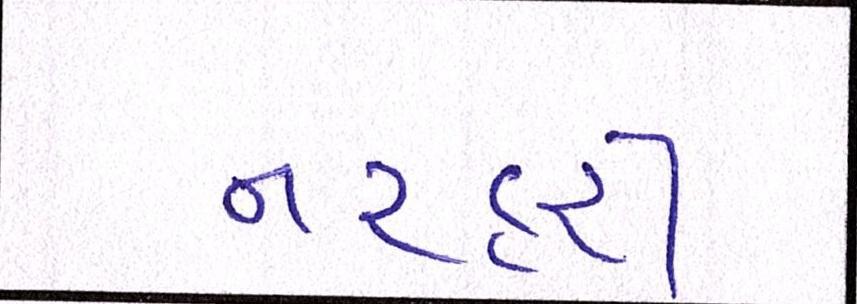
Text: નરહરી